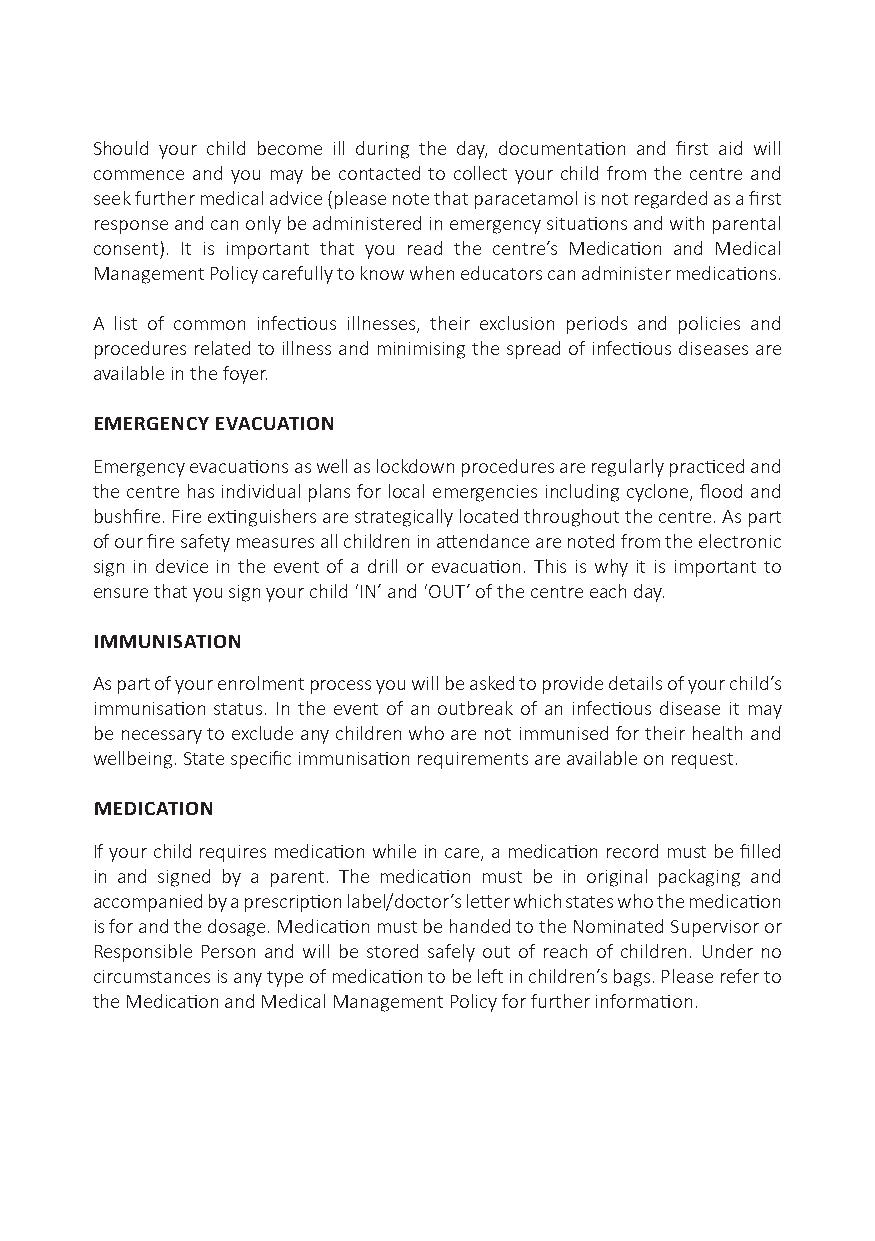
Should your child become ill during the day, documentation and first aid will
 commence and you may be contacted to collect your child from the centre and
 seek further medical advice (please note that paracetamol is not regarded as a first
 response and can only be administered in emergency situations and with parental
 consent). It is important that you read the centre’s Medication and Medical
 Management Policy carefully to know when educators can administer medications.
 A list of common infectious illnesses, their exclusion periods and policies and
 procedures related to illness and minimising the spread of infectious diseases are
 available in the foyer.
 EMERGENCY EVACUATION
 Emergency evacuations as well as lockdown procedures are regularly practiced and
 the centre has individual plans for local emergencies including cyclone, flood and
 bushfire. Fire extinguishers are strategically located throughout the centre. As part
 of our fire safety measures all children in attendance are noted from the electronic
 sign in device in the event of a drill or evacuation. This is why it is important to
 ensure that you sign your child ‘IN’ and ‘OUT’ of the centre each day.
 IMMUNISATION
 As part of your enrolment process you will be asked to provide details of your child’s
 immunisation status. In the event of an outbreak of an infectious disease it may
 be necessary to exclude any children who are not immunised for their health and
 wellbeing. State specific immunisation requirements are available on request.
 MEDICATION
 If your child requires medication while in care, a medication record must be filled
 in and signed by a parent. The medication must be in original packaging and
 accompanied by a prescription label/doctor’s letter which states who the medication
 is for and the dosage. Medication must be handed to the Nominated Supervisor or
 Responsible Person and will be stored safely out of reach of children. Under no
 circumstances is any type of medication to be left in children’s bags. Please refer to
 the Medication and Medical Management Policy for further information.